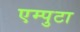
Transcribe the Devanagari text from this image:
एम्पुटा